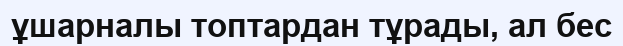
ұшарналы топтардан тұрады, ал бес